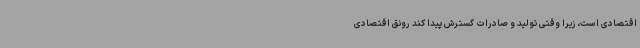
اقتصادی است، زیرا وقتی تولید و صادرات گسترش پیدا کند رونق اقتصادی